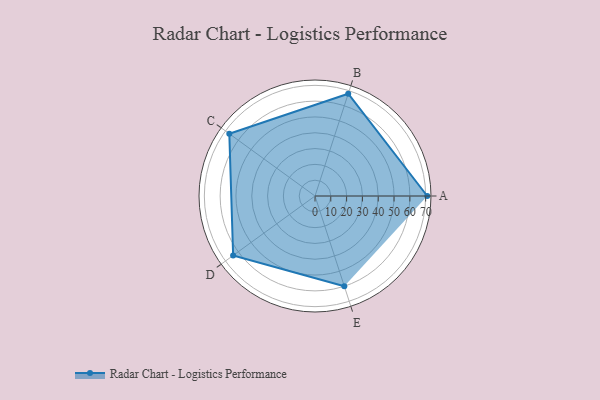
{"axis": {"x": "Skill", "y": "Score"}, "legend": ["Profile"], "data": [{"x": "A", "y": 71.0, "type": "Profile"}, {"x": "B", "y": 68.0, "type": "Profile"}, {"x": "C", "y": 67.0, "type": "Profile"}, {"x": "D", "y": 64.0, "type": "Profile"}, {"x": "E", "y": 60.0, "type": "Profile"}]}